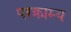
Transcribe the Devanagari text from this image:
परक्राम्‍य